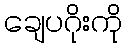
ချေပဂိုးကို